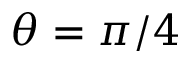
\theta = \pi / 4